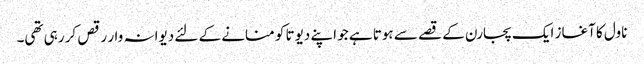
ناول کا آغاز ایک پجارن کے قصے سے ہوتا ہے جو اپنے دیوتا کو منانے کے لئے دیوانہ وار رقص کر رہی تھی۔